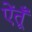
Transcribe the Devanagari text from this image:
ऐंतूँ